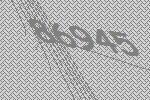
86945